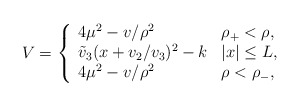
\begin{align*}V=\left\{\begin{array}{ll} 4\mu^2-v/\rho^2 &\mbox{$\rho_{+}<\rho,$}\\\tilde{v}_3(x+v_2/v_3)^2-k &\mbox{$|x|\leq L,$}\\4\mu^2-v/\rho^2&\mbox{$\rho<\rho_{-},$}\end{array}\right.\end{align*}